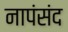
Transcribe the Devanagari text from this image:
नापंसंद